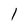
Character: 1